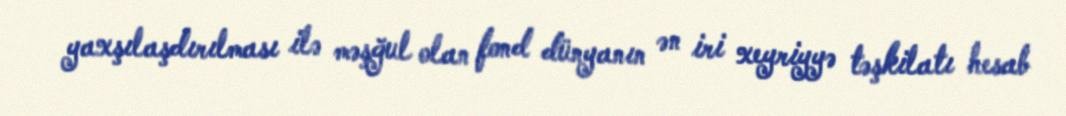
yaxşılaşdırılması ilə məşğul olan fond dünyanın ən iri xeyriyyə təşkilatı hesab